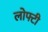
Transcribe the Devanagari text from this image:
लोफ्टी